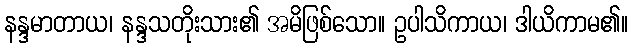
နန္ဒမာတာယ၊ နန္ဒသတိုးသား၏ အမိဖြစ်သော။ ဥပါသိကာယ၊ ဒါယိကာမ၏။